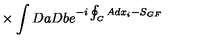
{ } \times \int D a D b e ^ { - i \oint _ { C } A d x _ { i } - S _ { G F } }